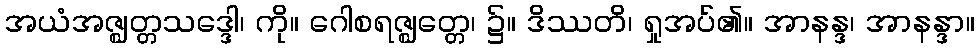
အယံအဇ္ဈတ္တသဒ္ဒေါ၊ ကို။ ဂေါစရဇ္ဈတ္တေ၊ ၌။ ဒိဿတိ၊ ရှုအပ်၏။ အာနန္ဒ၊ အာနန္ဒာ။